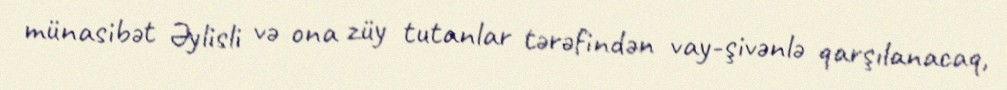
münasibət Əylisli və ona züy tutanlar tərəfindən vay-şivənlə qarşılanacaq,